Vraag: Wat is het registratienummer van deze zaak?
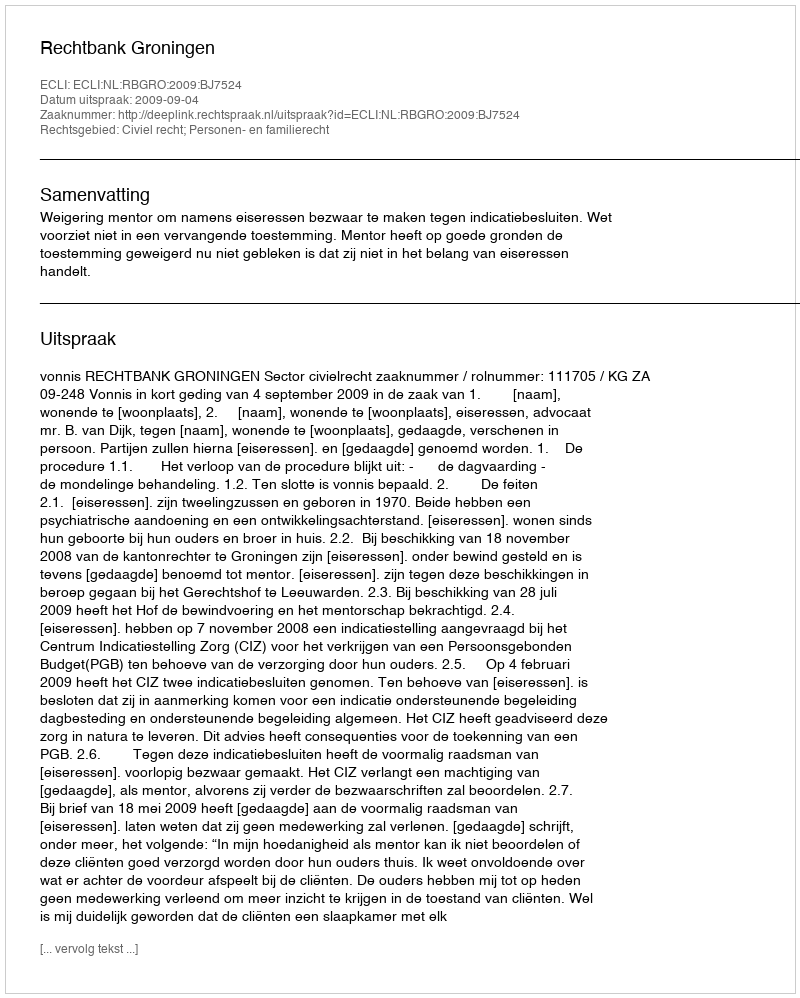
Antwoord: http://deeplink.rechtspraak.nl/uitspraak?id=ECLI:NL:RBGRO:2009:BJ7524